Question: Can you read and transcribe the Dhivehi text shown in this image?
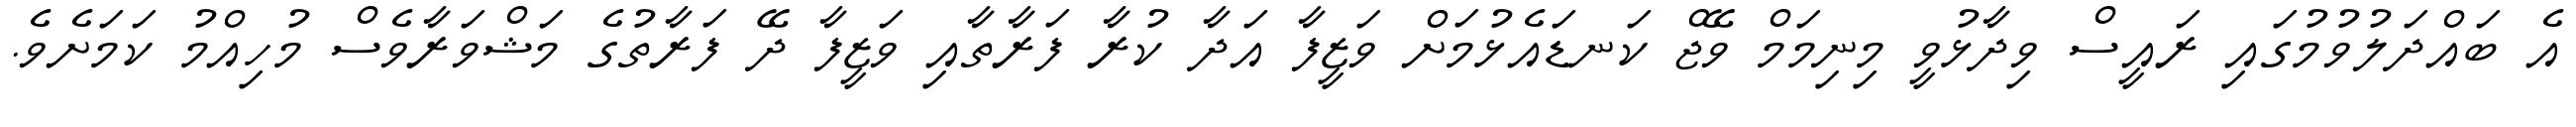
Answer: އެ ބައްދަލުވުމުގައި ރައީސް ވިދާޅުވީ މިނިމަމް ވޭޖް ކަނޑައެޅުމަށް ވަޒީފާ އަދާ ކުރާ ފަރާތާއި ވަޒީފާ ދޭ ފަރާތުގެ މަޝްވަރާވެސް މުހިއްމު ކަމަށެވެ.